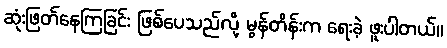
ဆုံးဖြတ်နေကြခြင်း ဖြစ်ပေသည်လို့ မွန်တိန်းက ရေးခဲ့ ဖူးပါတယ်။